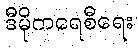
ဒီမိုကရေစီရေး